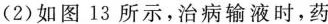
(2)如图13所示，治病输液时，药